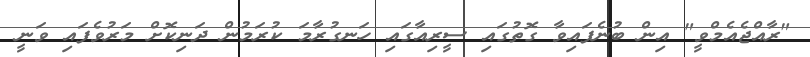
"ރާއްޖެއެމްވީ" އިން ބުނެފައިވާ ގޮތުގައި ސީރިއާގައި ހަނގުރާމަ ކުރަމުން ދަނިކޮށް މަރުވެފައި ވަނީ